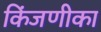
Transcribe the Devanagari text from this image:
किंजणीका